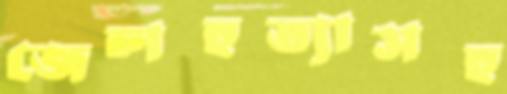
জেলহত্যাসহ